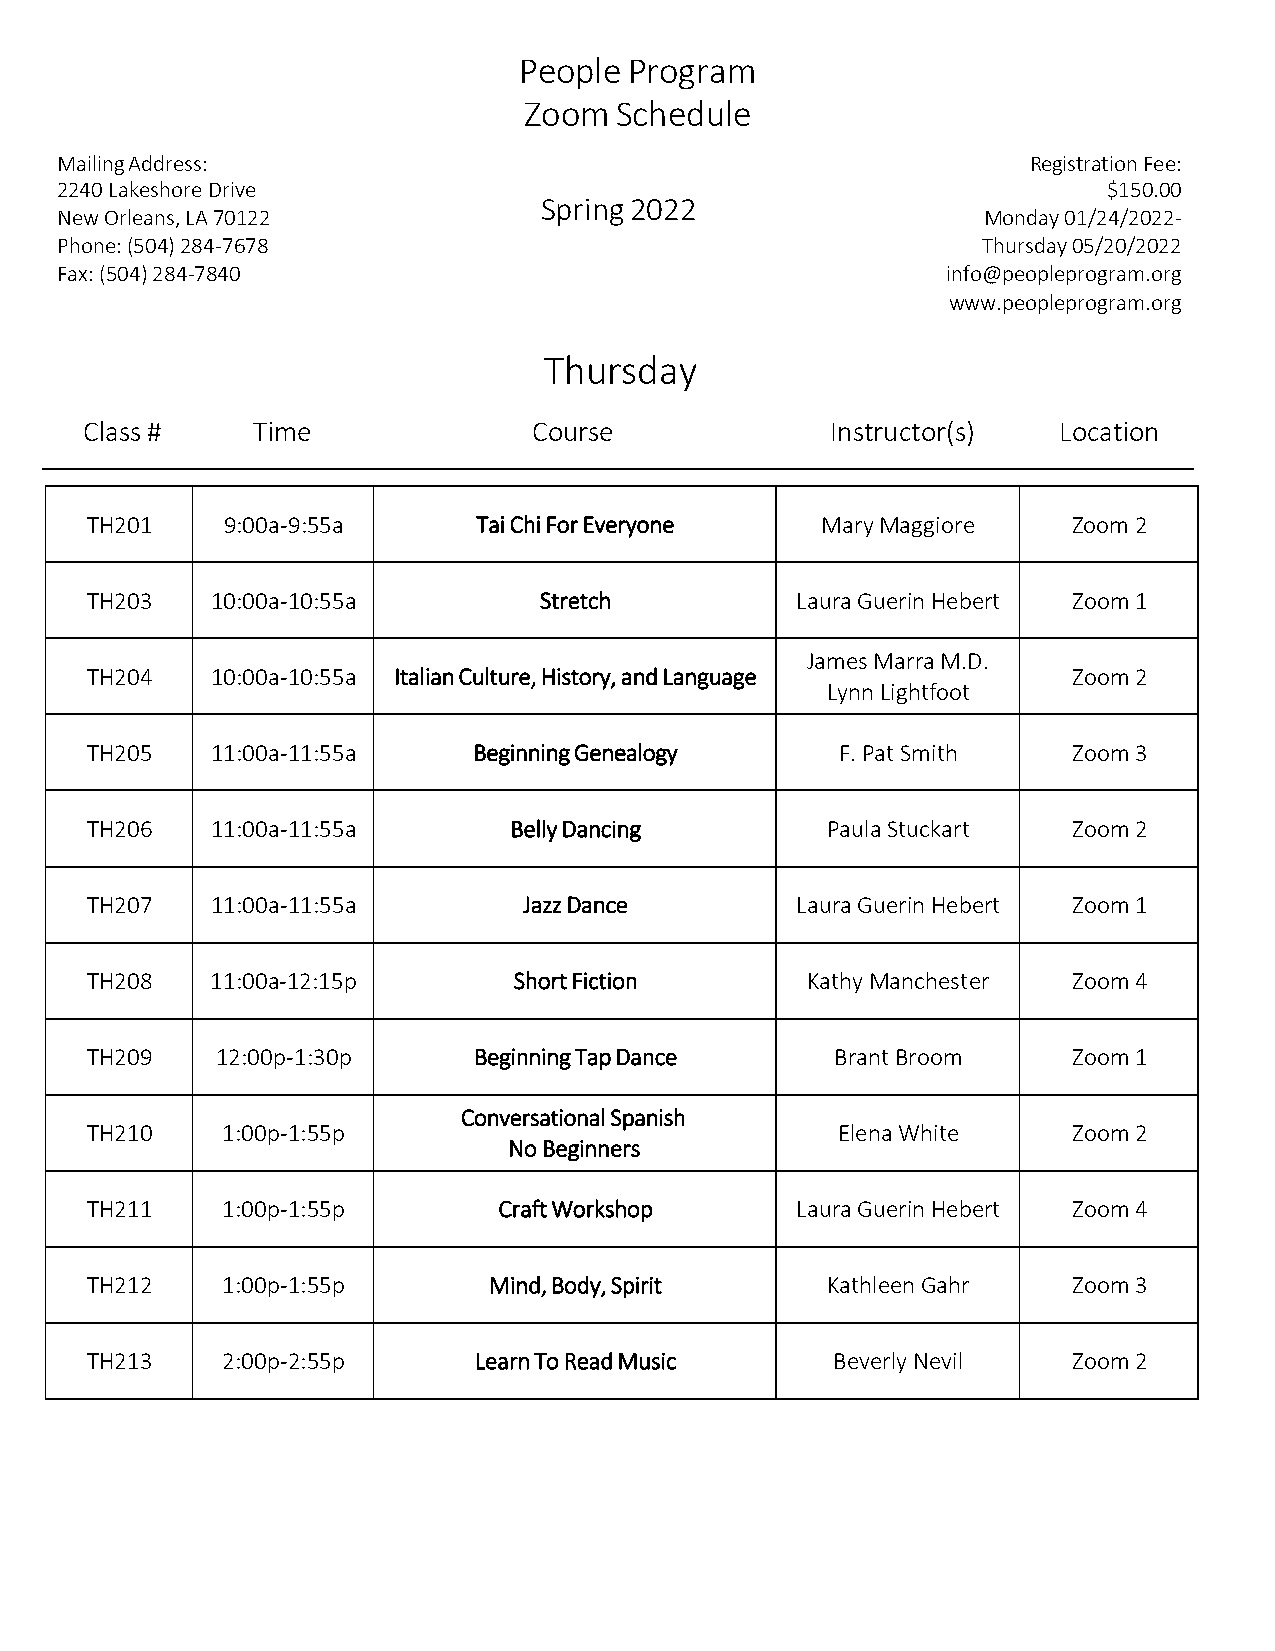
People  Program
 Zoom  Schedule
 Mailing Address:                                                Registration Fee:
 2240 Lakeshore Drive                                                 $150.00
 Spring 2022
 New Orleans, LA 70122                                        Monday 01/24/2022-
 Phone: (504) 284-7678                                        Thursday 05/20/2022
 Fax: (504) 284-7840                                        info@peopleprogram.org
 www.peopleprogram.org
 Thursday
 Class #     Time              Course              Instructor(s)  Location
 TH201    9:00a-9:55a      Tai Chi For Everyone  Mary Maggiore    Zoom 2
 TH203   10:00a-10:55a         Stretch          Laura Guerin Hebert Zoom 1
 James Marra M.D.
 TH204   10:00a-10:55a Italian Culture, History, and Language     Zoom 2
 Lynn Lightfoot
 TH205   11:00a-11:55a    Beginning Genealogy      F. Pat Smith   Zoom 3
 TH206   11:00a-11:55a       Belly Dancing        Paula Stuckart  Zoom 2
 TH207   11:00a-11:55a        Jazz Dance        Laura Guerin Hebert Zoom 1
 TH208   11:00a-12:15p       Short Fiction      Kathy Manchester  Zoom 4
 TH209   12:00p-1:30p     Beginning Tap Dance     Brant Broom     Zoom 1
 Conversational Spanish
 TH210    1:00p-1:55p                             Elena White     Zoom 2
 No Beginners
 TH211    1:00p-1:55p       Craft Workshop      Laura Guerin Hebert Zoom 4
 TH212    1:00p-1:55p      Mind, Body, Spirit     Kathleen Gahr   Zoom 3
 TH213    2:00p-2:55p     Learn To Read Music     Beverly Nevil   Zoom 2